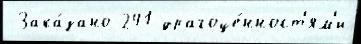
 Зака́зано 241 драгоце́нност'ям'и